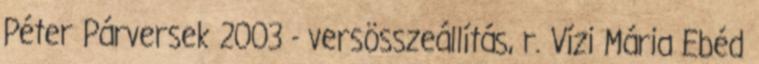
Péter Párversek 2003 - versösszeállítás, r. Vízi Mária Ebéd